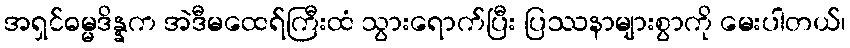
အရှင်ဓမ္မဒိန္နက အဲဒီမထေရ်ကြီးထံ သွားရောက်ပြီး ပြဿနာများစွာကို မေးပါတယ်၊